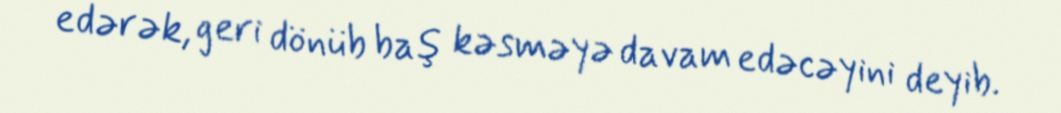
edərək, geri dönüb baş kəsməyə davam edəcəyini deyib.